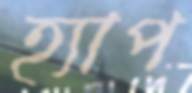
হ্যাপ